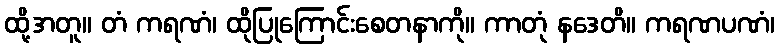
ထို့အတူ။ တံ ကရဏံ၊ ထိုပြုကြောင်းစေတနာကို။ ကာတုံ နဒေတိ။ ကရဏပဏံ၊